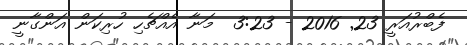
ފެބްރުއަރީ 23